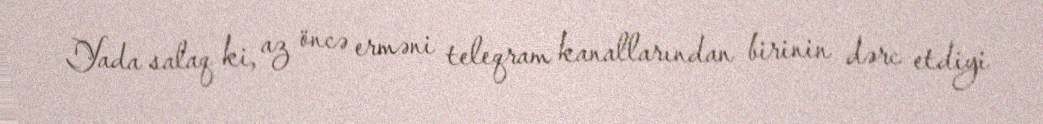
Yada salaq ki, az öncə erməni teleqram kanallarından birinin dərc etdiyi